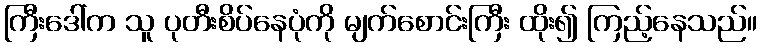
ကြီးဒေါ်က သူ ပုတီးစိပ်နေပုံကို မျက်စောင်းကြီး ထိုး၍ ကြည့်နေသည်။